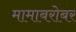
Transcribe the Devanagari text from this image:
मामाबरोबर